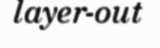
layer-out